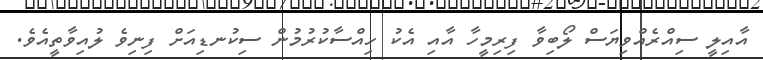
އާއިލީ ސިއްރެއްވިޔަސް ލޯބިވާ ފިރިމީހާ އާއި އެކު ހިއްސާކުރުމުން ސިކުނޑިއަށް ފިނިވެ ލުއިވާތީއެވެ.